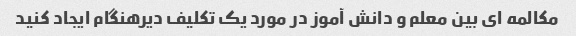
مکالمه ای بین معلم و دانش آموز در مورد یک تکلیف دیرهنگام ایجاد کنید